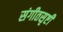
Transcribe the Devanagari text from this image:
संगीतसृष्टी